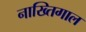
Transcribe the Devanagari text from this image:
नाख्तिगाल